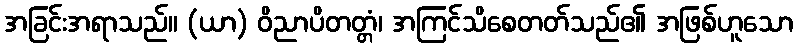
အခြင်းအရာသည်။ (ယာ) ဝိညာပိတတ္တံ၊ အကြင်သိစေတတ်သည်၏ အဖြစ်ဟူသော